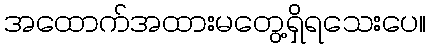
အထောက်အထားမတွေ့ရှိရသေးပေ။